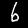
Label: 6